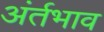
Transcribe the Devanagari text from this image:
अंर्तभाव